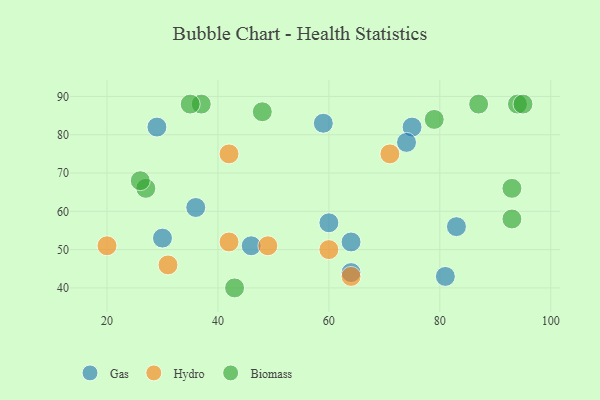
{"axis": {"x": "GDP", "y": "Life Expectancy"}, "legend": ["Biomass", "Gas", "Hydro"], "data": [{"x": "60", "y": 57, "type": "Gas"}, {"x": "75", "y": 82, "type": "Gas"}, {"x": "29", "y": 82, "type": "Gas"}, {"x": "83", "y": 56, "type": "Gas"}, {"x": "36", "y": 61, "type": "Gas"}, {"x": "74", "y": 78, "type": "Gas"}, {"x": "81", "y": 43, "type": "Gas"}, {"x": "64", "y": 44, "type": "Gas"}, {"x": "30", "y": 53, "type": "Gas"}, {"x": "64", "y": 52, "type": "Gas"}, {"x": "46", "y": 51, "type": "Gas"}, {"x": "59", "y": 83, "type": "Gas"}, {"x": "42", "y": 52, "type": "Hydro"}, {"x": "49", "y": 51, "type": "Hydro"}, {"x": "20", "y": 51, "type": "Hydro"}, {"x": "60", "y": 50, "type": "Hydro"}, {"x": "71", "y": 75, "type": "Hydro"}, {"x": "42", "y": 75, "type": "Hydro"}, {"x": "31", "y": 46, "type": "Hydro"}, {"x": "64", "y": 43, "type": "Hydro"}, {"x": "27", "y": 66, "type": "Biomass"}, {"x": "37", "y": 88, "type": "Biomass"}, {"x": "94", "y": 88, "type": "Biomass"}, {"x": "79", "y": 84, "type": "Biomass"}, {"x": "48", "y": 86, "type": "Biomass"}, {"x": "26", "y": 68, "type": "Biomass"}, {"x": "43", "y": 40, "type": "Biomass"}, {"x": "93", "y": 58, "type": "Biomass"}, {"x": "87", "y": 88, "type": "Biomass"}, {"x": "93", "y": 66, "type": "Biomass"}, {"x": "35", "y": 88, "type": "Biomass"}, {"x": "95", "y": 88, "type": "Biomass"}]}